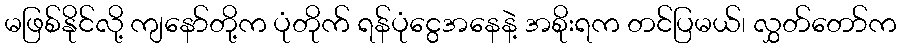
မဖြစ်နိုင်လို့ ကျနော်တို့က ပုံတိုက် ရန်ပုံငွေအနေနဲ့ အစိုးရက တင်ပြမယ်၊ လွှတ်တော်က